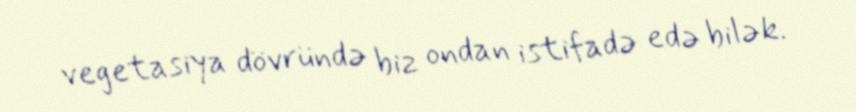
vegetasiya dövründə biz ondan istifadə edə bilək.